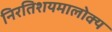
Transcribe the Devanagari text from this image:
निरतिशयमालोक्य